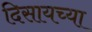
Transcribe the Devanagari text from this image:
दिसायच्या